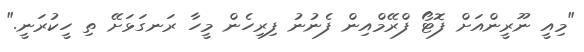
"މިއީ ނޫރީންއަށް ފޮޓޯ ފްރޭމްއިން ފެނުނު ފިރިހެން މީހާ ރަނގަޅަށޭ ތި ހީކުރަނީ."